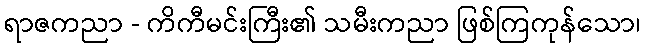
ရာဇကညာ - ကိကီမင်းကြီး၏ သမီးကညာ ဖြစ်ကြကုန်သော၊